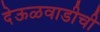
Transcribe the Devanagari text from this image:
देऊळवाडीची